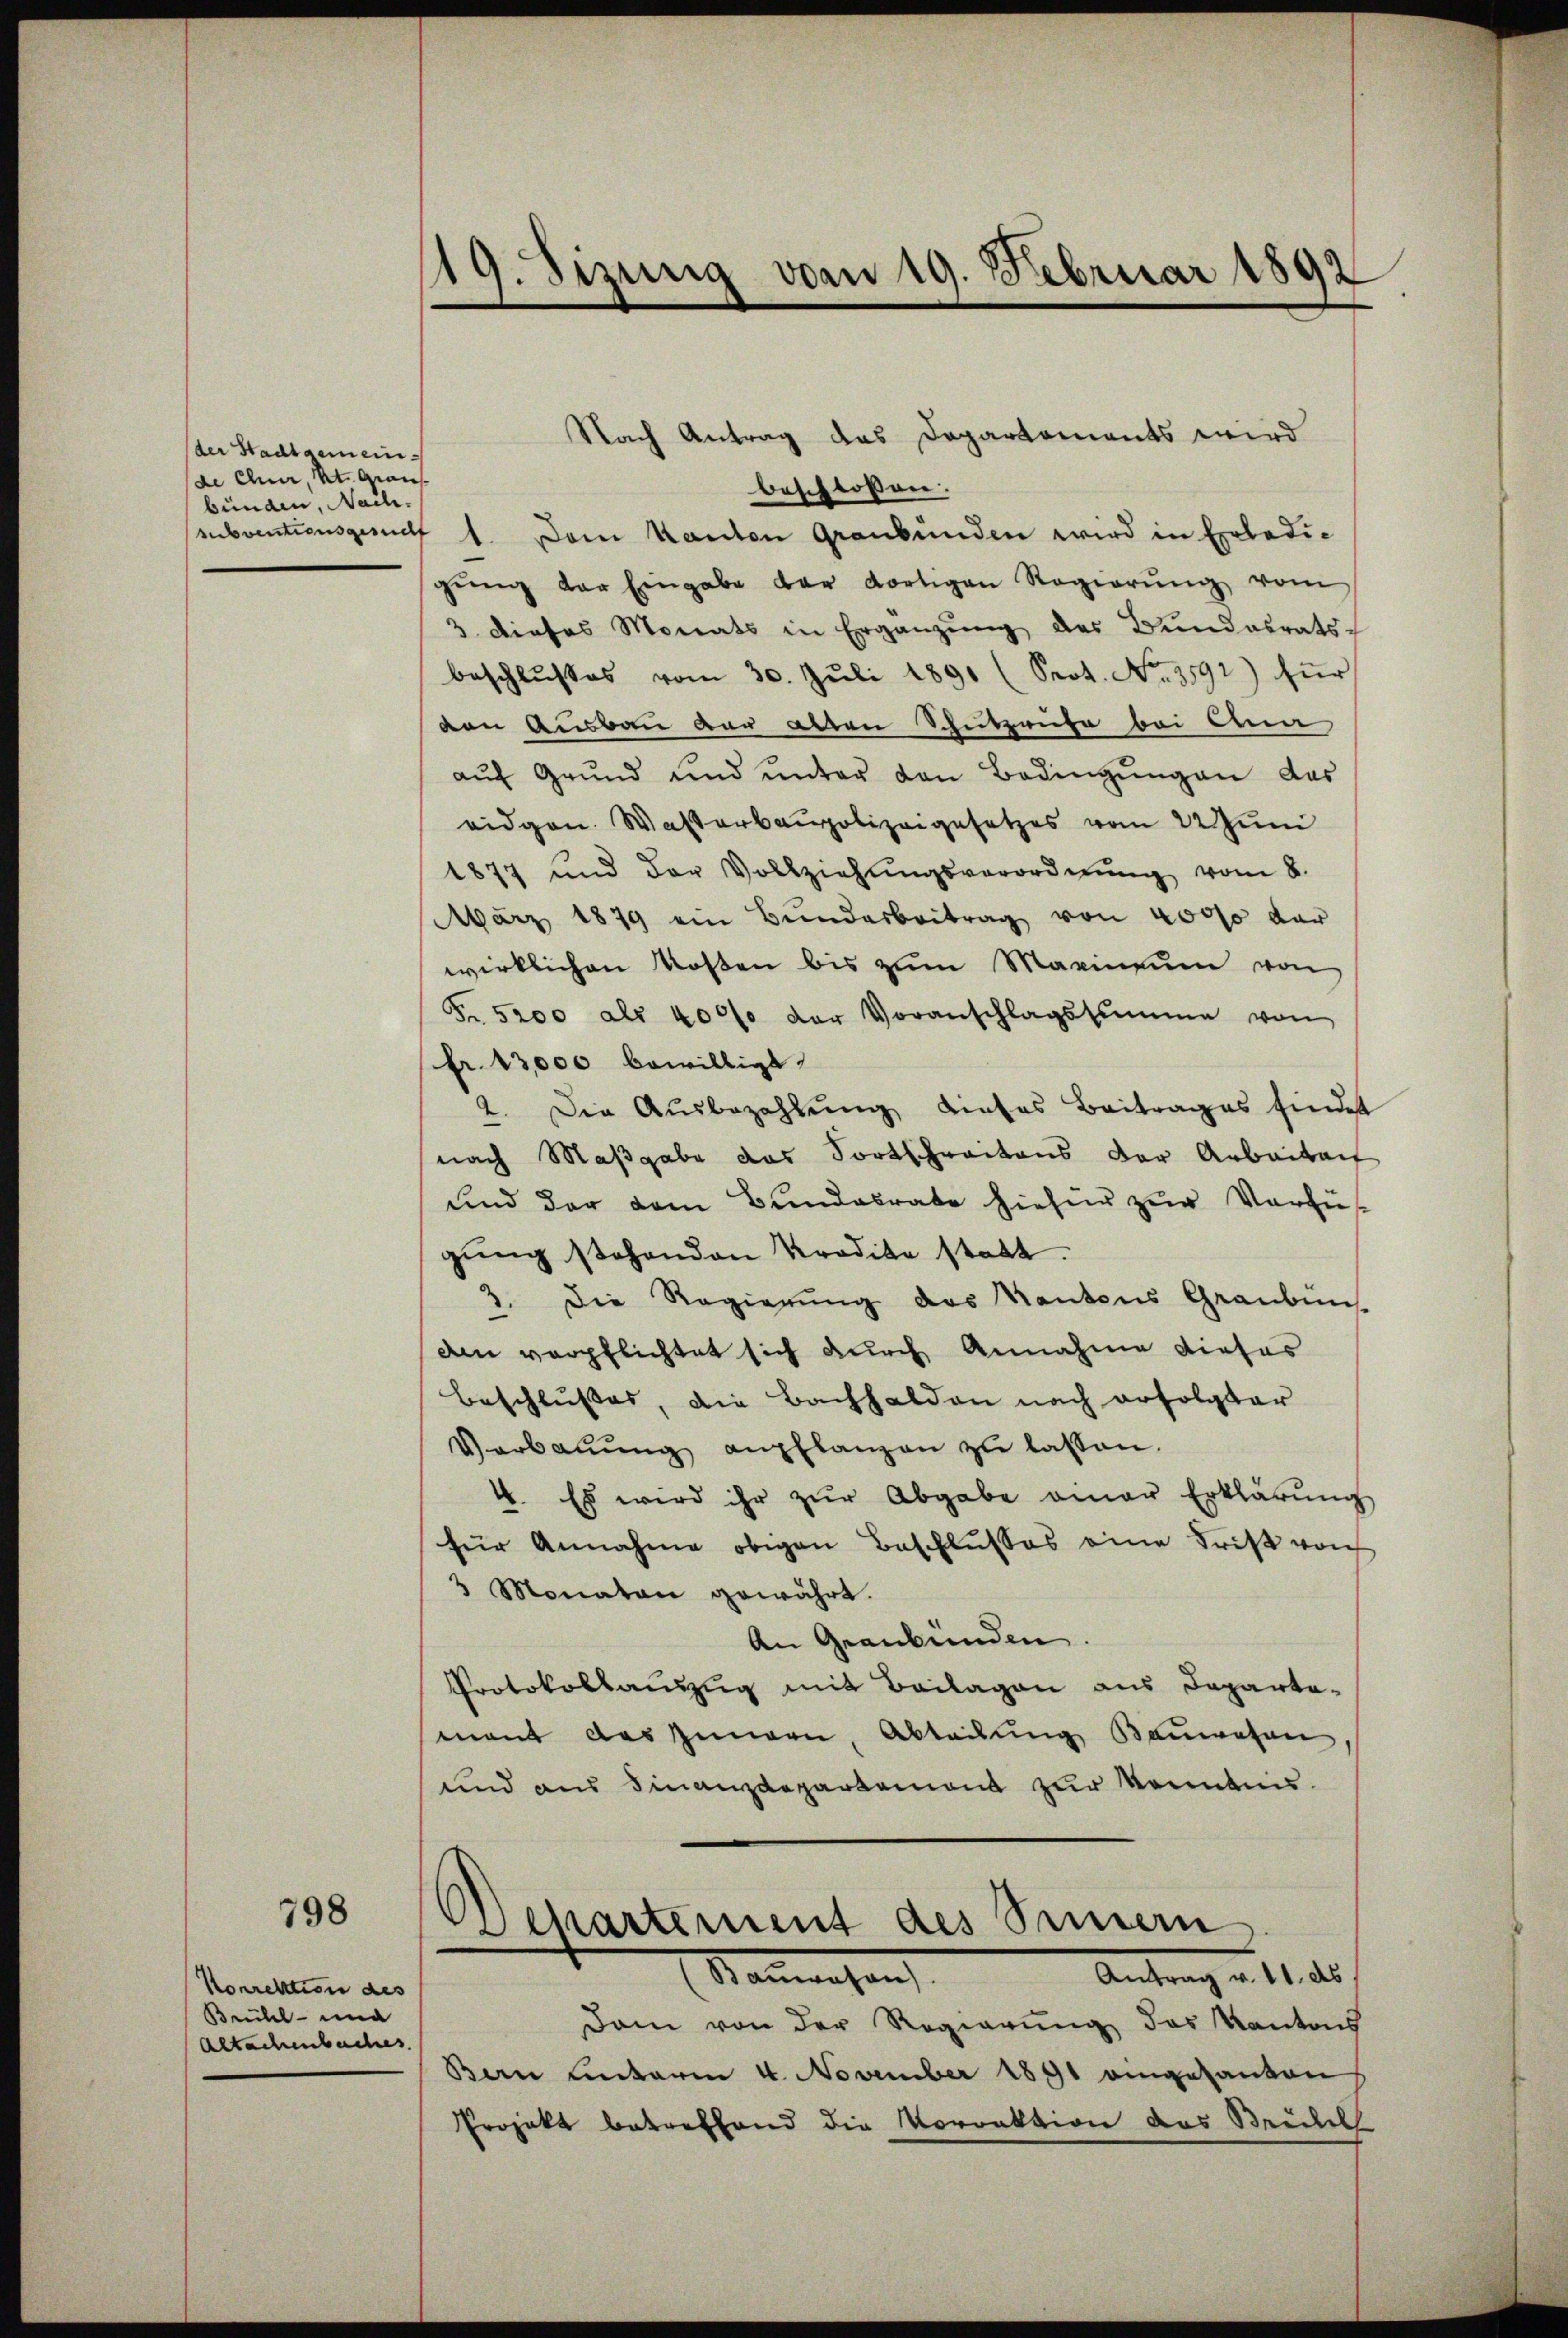
der Stadtgemein¬
(de Chur, St. Graus
bunden, Nach.

798

Korrektion des
Brühl- und
Altachenbaches

19. Sizung vom 19. Februar 1892

Nach Antrag das Departements wird
beschlossen:
ubventionsgang 1. Dem Kanton Graubünden wird in Erledigŭng der Eingabe der dortigen Regierŭng vom
3 dieses Monats in Ergänzŭng des Bundesrats
beschlŭsses vom 30. Jŭli 1891 (Srot. No. 3592) für
den Ausbau der alten Schutzruhe bei Ana
aŭf Grŭnd und ŭnter den Bedingŭngen das
eidgen. Waßerbaupolizeigesetzes vom 22 Juni
1877 und der Vollziehŭngsverordnŭng vom 8.
März 1879 ein Bunderbeitrag von 40000 der
wirklichen Rosen bis zum Marinium von
Fr. 5200 als 4000 der Voranschlagssumme von
fr. 13,000 bewilligt.
2. Die Ausbezahlung dieses Beitrages findet
nach Maßgabe das Fortschreitens der Anbaitach
und der dem Bundesrate hiefür zur Verfüs-
gŭng stehenden Kredite statt.
1. Die Regierung des Kantons Graubüns
den verpflichtet sich durch Annahme dieser
Beschlußes, die Bachhalden nach erfolgter
Verbaŭŭng anpflanzen zŭ lassen.
4. Es wird ihr zŭr Abgabe einer Erklärŭng
für Annahme obigen Beschlusses eine Tritt vorh
3 Monaten gewährt.
An Graubünden.
Protokollauszug mit Beilagen aus Departa-
mant des Innern, Abteilung Bauwesen,
und aus Finanzdepartement zur Kenntnis.
.
Departement des Sinnern
Antrag v. 11. ds
Sanwesen
Dam von der Regierung das Kantons
Bern hinterm 4. November 1891 eingesanten
Projekt betreffend die Vorrektion des Streibel